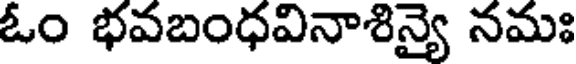
ఓం భవబంధవినాశిన్యై నమః